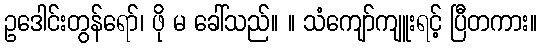
ဥဒေါင်းတွန်ရော်၊ ဖို မ ခေါ်သည်။ ။ သံကျော်ကျူးရင့် ပြီတကား။